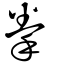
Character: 拳